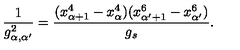
\frac { 1 } { g _ { \alpha , \alpha ^ { \prime } } ^ { 2 } } = \frac { ( x _ { \alpha + 1 } ^ { 4 } - x _ { \alpha } ^ { 4 } ) ( x _ { \alpha ^ { \prime } + 1 } ^ { 6 } - x _ { \alpha ^ { \prime } } ^ { 6 } ) } { g _ { s } } .